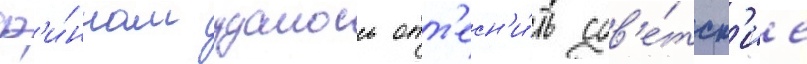
ф'и́ннам удалось отт'есн'и́ть сов'е́тск'ие